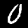
Digit: 0